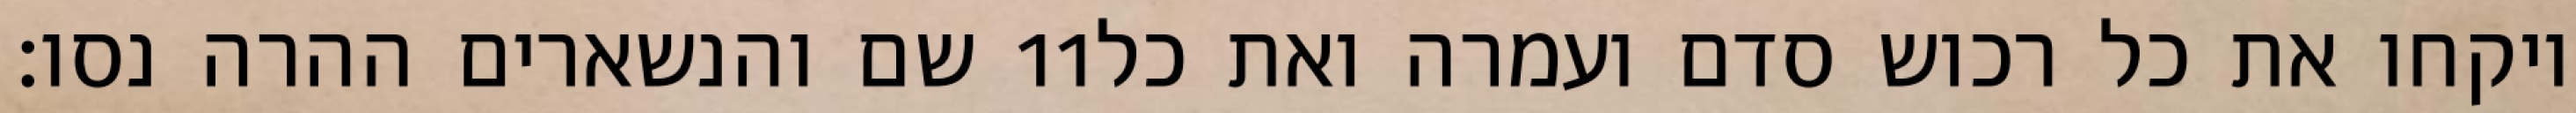
שם והנשארים ההרה נסו׃ ‎11‏ ויקחו את כל רכוש סדם ועמרה ואת כל